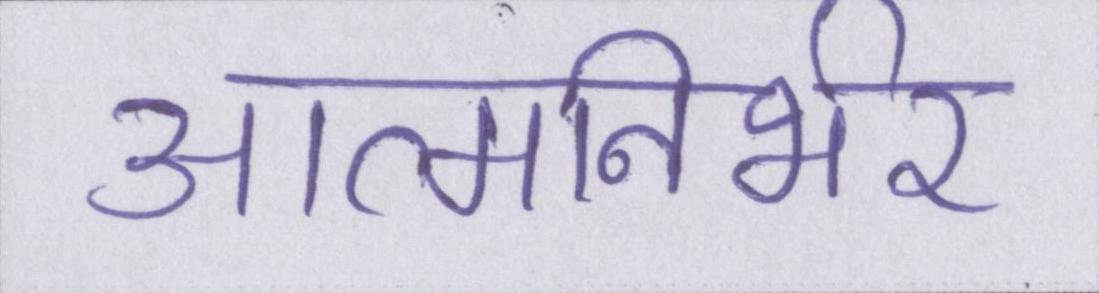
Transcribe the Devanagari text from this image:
आत्मनिर्भर